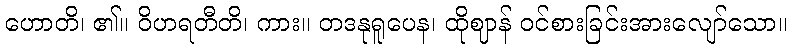
ဟောတိ၊ ၏။ ဝိဟရတီတိ၊ ကား။ တဒနုရူပေန၊ ထိုဈာန် ဝင်စားခြင်းအားလျော်သော။